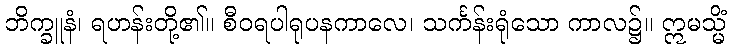
ဘိက္ခူနံ၊ ရဟန်းတို့၏။ စီဝရပါရုပနကာလေ၊ သင်္ကန်းရုံသော ကာလ၌။ ဣမသ္မိံ